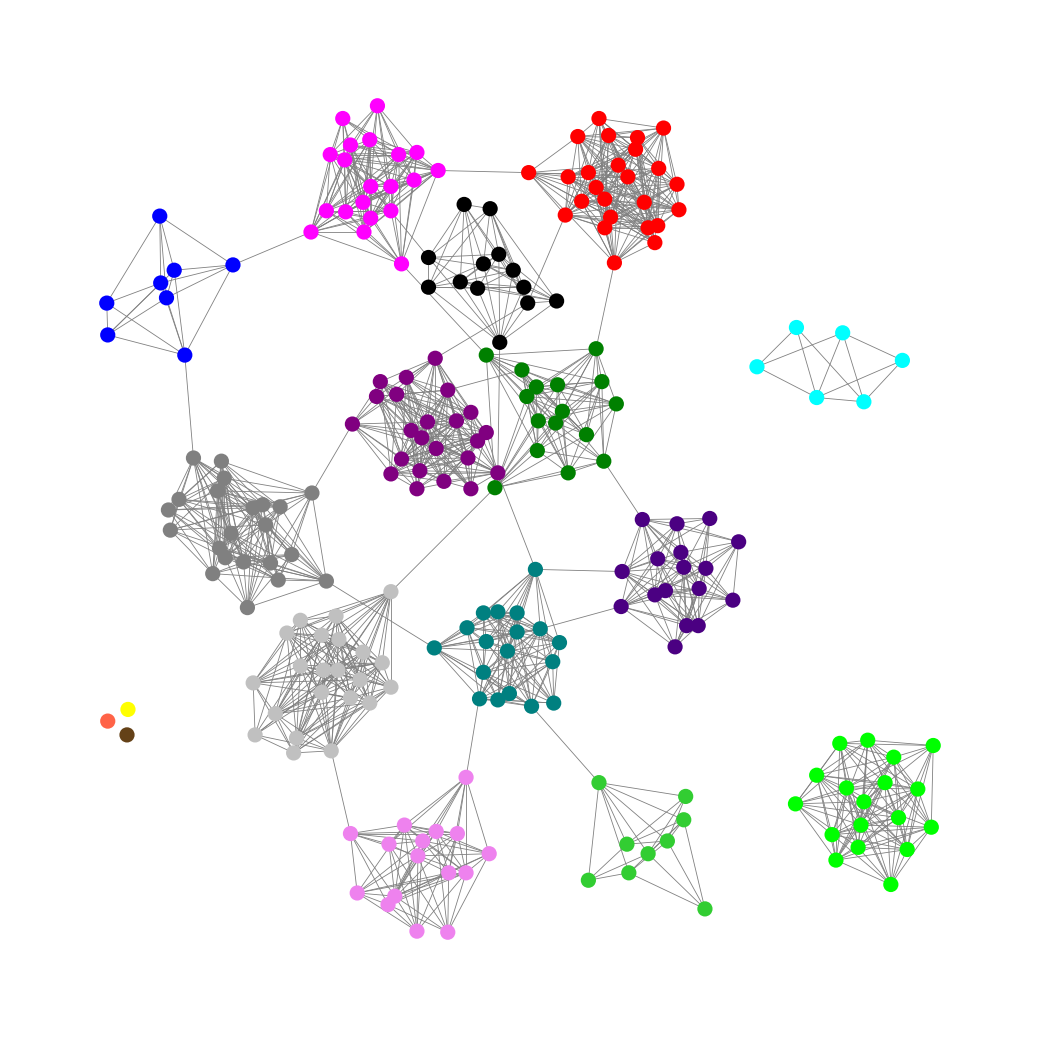
Graph connected: No
Number of connected components: 6
Number of singletons: 3
Total number of nodes: 236
Total number of edges: 1421
Number of communities: 17
Community sizes:
Aqua: 6
Black: 13
Blue: 8
Fuchsia: 20
Gray: 22
Green: 16
Indigo: 17
Lime: 18
Lime Green: 9
Pullman Brown: 1
Purple: 23
Red: 25
Silver: 22
Teal: 18
Tomato: 1
Violet: 16
Yellow: 1
Graph layout: tda
Graph generation method: erdos_renyi